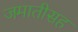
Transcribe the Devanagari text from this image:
जमातीसह